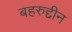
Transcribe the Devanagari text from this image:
बहरुद्दीन